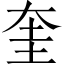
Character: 奎